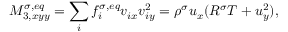
M _ { 3 , x y y } ^ { \sigma , e q } = \sum _ { i } f _ { i } ^ { \sigma , e q } v _ { i x } v _ { i y } ^ { 2 } = \rho ^ { \sigma } u _ { x } ( R ^ { \sigma } T + u _ { y } ^ { 2 } ) ,